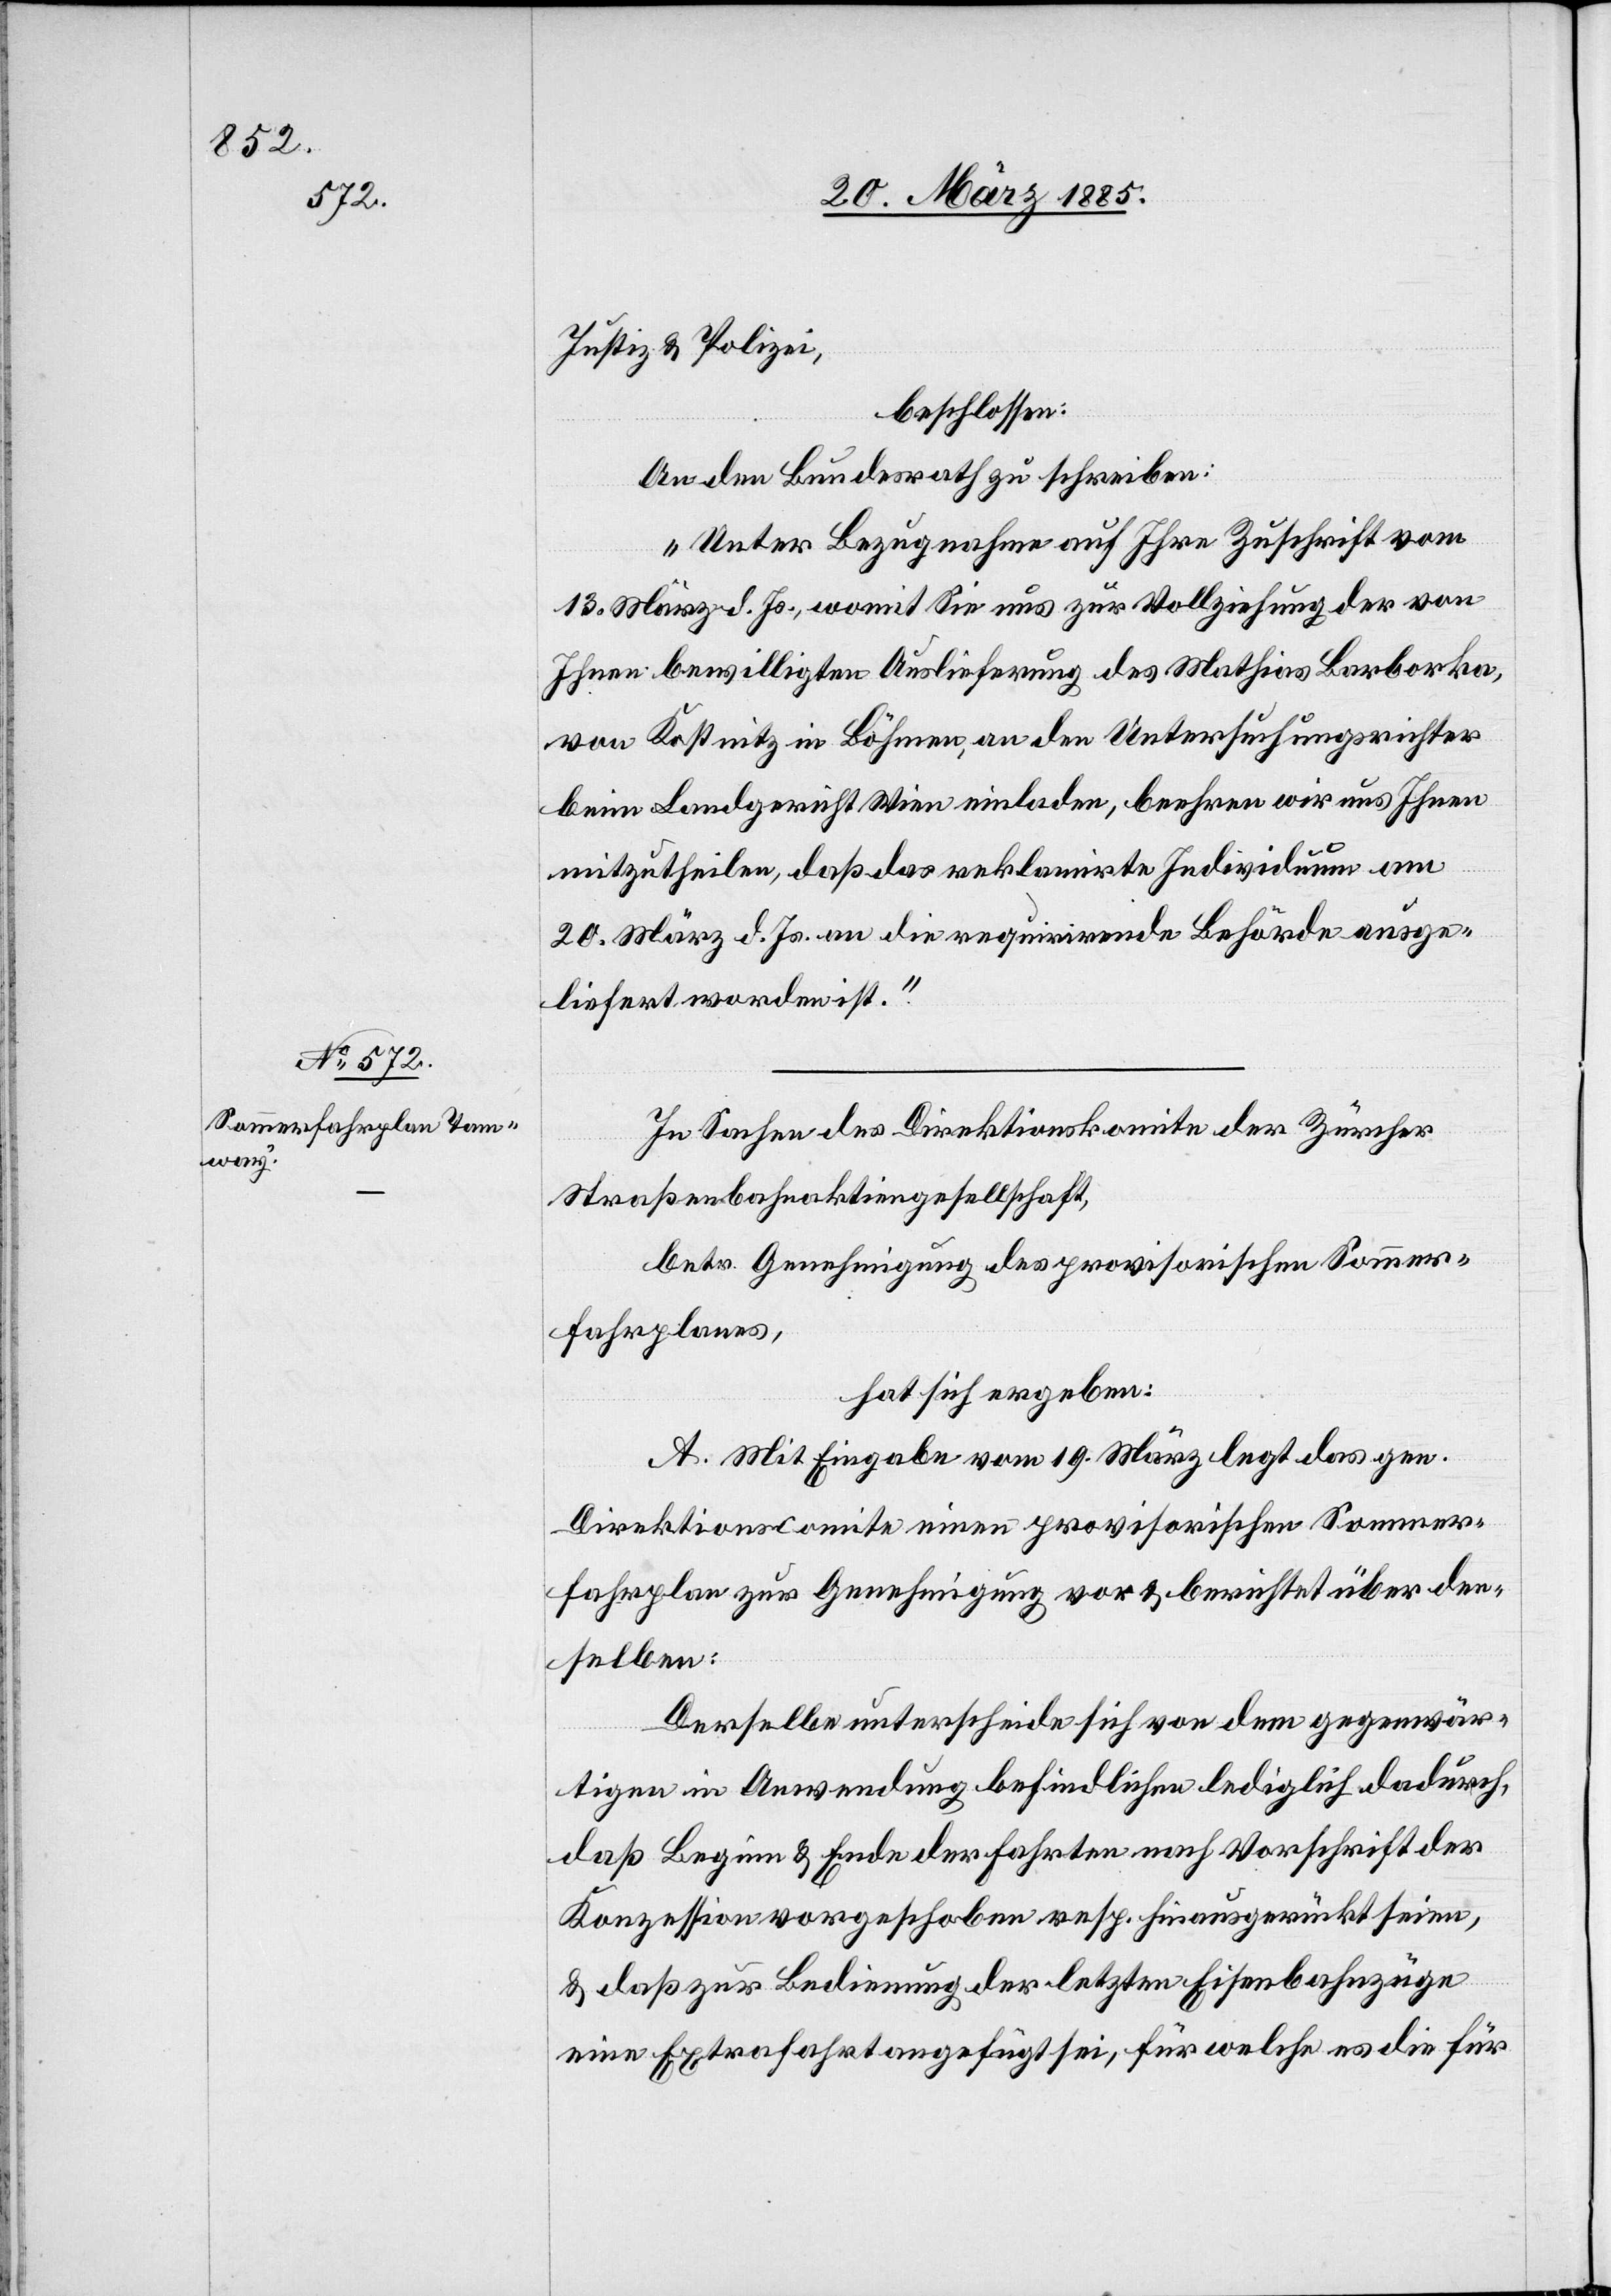
25. März 1885.]
Justiz & Polizei,
beschlossen:
An den Bundesrath zu schreiben:
„Unter Bezugnahme auf Ihre Zuschrift vom
13. März d. Js., womit Sie uns zur Vollziehung der von
Ihnen bewilligten Auslieferung des Mathias Barboska,
von Kostnitz in Böhmen, an den Untersuchungsrichter
beim Landgericht Wien einladen, beehren wir uns Ihnen
mitzutheilen, daß das reklamirte Individuum am
20. März d. Js. an die requirirende Behörde ausge¬
liefert worden ist.“
In Sachen des Direktionskomite der Zürcher
Straßenbahnaktiengesellschaft,
betr. Genehmigung des provisorischen Sommer¬
fahrplans,
hat sich ergeben:
A. Mit Eingabe vom 19. März legt das gen.
Direktionscomite einen provisorischen Sommer¬
fahrplan zur Genehmigung vor & berichtet über den¬
selben:
Derselbe unterscheide sich von dem gegenwär¬
tigen in Anwendung befindlichen lediglich dadurch,
daß Beginn & Ende der Fahrten nach Vorschrift der
Konzession vorgeschoben resp. hinausgerückt seien,
& daß zur Bedienung der letzten Eisenbahnzüge
eine Extrafahrt angefügt sei, für welche es die für